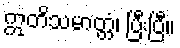
ဣတိသမာတ္တံ၊ ပြီးပြီ။